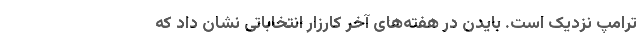
ترامپ نزدیک است. بایدن در هفته‌های آخر کارزار انتخاباتی نشان داد که